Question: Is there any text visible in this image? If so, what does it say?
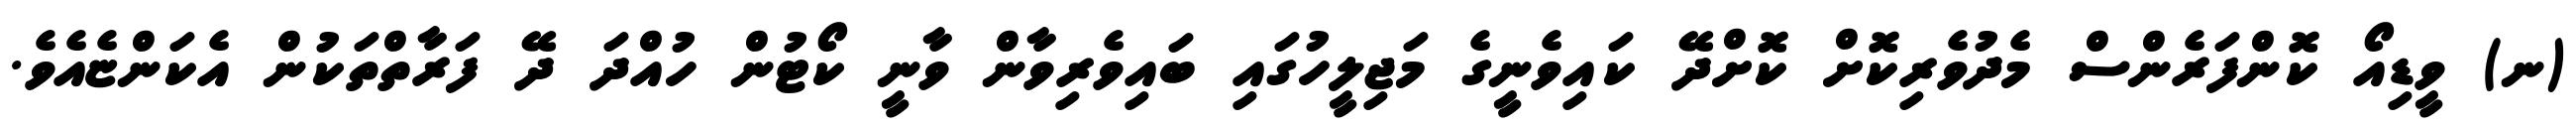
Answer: (ނ) ވީޑިއޯ ކޮންފަރެންސް މެދުވެރިކޮށް ކޮށްދޭ ކައިވެނީގެ މަޖިލީހުގައި ބައިވެރިވާން ވާނީ ކޯޓުން ހުއްދަ ދޭ ފަރާތްތަކުން އެކަންޏެއެވެ.